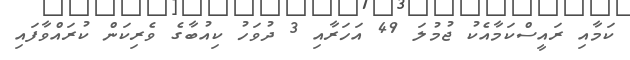
ކަމާއި ރައީސްކަމާއެކު ޖުމުލަ 49 އަހަރާއި 3 ދުވަހު ކިއުބާގެ ވެރިކަން ކުރައްވާފައި